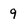
Character: 9